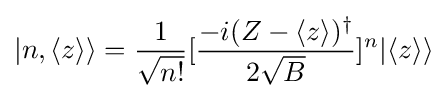
|n,\langle z\rangle \rangle ={\frac {1}{\sqrt {n!}}}[{\frac {-i(Z-\langle z\rangle )^{\dagger }}{2{\sqrt {B}}}}]^{n}|\langle z\rangle \rangle